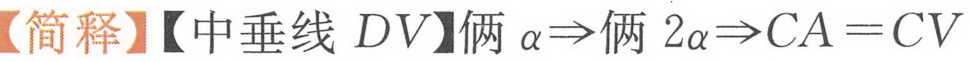
【简释】【中垂线 \(DV\)】俩 \(\alpha\Rightarrow\)俩 \(2\alpha\Rightarrow CA = CV\)